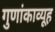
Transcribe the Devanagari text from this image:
गुणांकाव्यूह